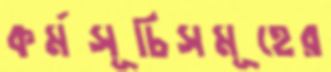
কর্মসূচিসমূহের